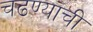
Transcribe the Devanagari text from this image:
चढण्याची